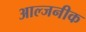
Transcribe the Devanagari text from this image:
आल्जनीक